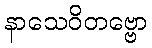
နာသေဝိတဗ္ဗော